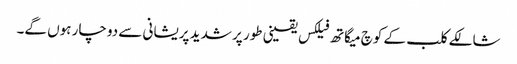
شالکے کلب کے کوچ میگاتھ فیلکس یقینی طور پر شدید پریشانی سے دوچار ہوں گے۔